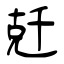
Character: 兛